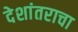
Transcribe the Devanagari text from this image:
देशांतराचा